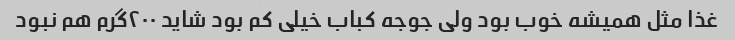
غذا مثل همیشه خوب بود ولی جوجه کباب خیلی کم بود شاید ۲۰۰گرم هم نبود